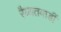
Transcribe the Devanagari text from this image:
रैय्यतवाडीं